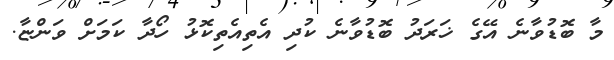
މާ ބޮޑުވާނެ އޭގެ ޚަރަދު ބޮޑުވާނެ ކުދި އެތިއެތިކޮޅު ހޯދާ ކަމަށް ވަންޏާ.